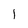
Character: l